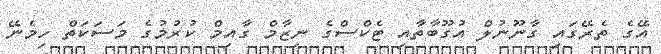
އޭގެ ތެރޭގައި ގާނޫނުލް އުގޫބާތާއި ޓެކްސްގެ ނިޒާމް ގާއިމް ކުރުމުގެ މަސަކަތް ހިމެނޭ